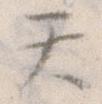
て